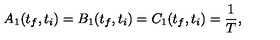
A _ { 1 } ( t _ { f } , t _ { i } ) = B _ { 1 } ( t _ { f } , t _ { i } ) = C _ { 1 } ( t _ { f } , t _ { i } ) = \frac { 1 } { T } ,